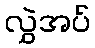
လွှဲအပ်